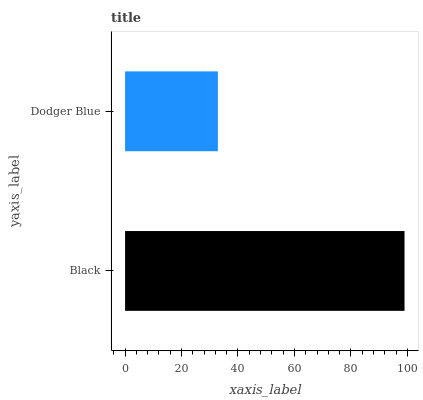
| yaxis_label | bars |
 | --- | --- |
 | Black | 99 |
 | Dodger Blue | 32.9 |